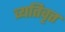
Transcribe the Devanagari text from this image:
व्यतिवृत्त